system: You are a helpful assistant.
user:
Analyze the provided spectrum to determine if it is a **Carbon Star (C-type)**.

- **Key Visual Indicators of Carbon Star:**
    - **(Primary):** Strong molecular absorption from **C₂ (diatomic carbon) "Swan Bands."** This is the **defining feature** of a carbon star.
        - **(Key Bandheads):** Sharp absorption edges are visible at approximately $5635$ Å, $5165$ Å (the strongest band), and $4737$ Å.
        - **(Line Profile):** Creates a distinct **"saw-tooth"** pattern. The key morphology is a sharp, steep bandhead on the **red (long-wavelength) side**, which then gradually tapers off (i.e., flux recovers) towards the **blue (short-wavelength) side**. *(This is the direct opposite of the TiO bands seen in M-type stars)*.

    - **(Secondary):** Intense **CN (cyanogen)** molecular absorption bands.
        - **(Key Bandheads):** Located in the blue and violet regions of the spectrum (e.g., near $4215$ Å and $3883$ Å).
        - **(Morphology):** These bands are extremely broad and act as a "blanket," absorbing the vast majority of blue and violet light. This creates a characteristic **"cliff"** or **"steep drop-off"** in the spectrum's flux at short wavelengths.

    - **(Key Confirmation):** Strong **CH absorption band (G-band)**.
        - **(Key Bandhead):** Located around $4300$ Å. The contribution from CH molecules to this band is exceptionally strong.

    - **(Overall Spectrum):**
        - The continuum is severely "chopped up" by these deep molecular bands, especially C₂, rather than appearing as a smooth curve.
        - Due to the heavy CN and C₂ absorption in the blue-green, the vast majority of the star's flux is concentrated in the red part of the spectrum, giving the star its characteristic deep red color.

Think first, call **spectral_visualization_tool** if needed to examine features in detail, then provide your final answer. Your response must adhere to the following strict rules:
1.  **Overall Structure:** Your response must follow the format `<think>...</think> <tool_call>...</tool_call> (if a tool is used) <answer>...</answer>`.
2.  **Tool Usage Constraint:** You may only make **one** tool call per turn.
3.  **Final Answer Format:** In the `<answer>` tag, your conclusion must be inside a `\boxed{}` command (e.g., `\boxed{YES}`), followed by your justification.

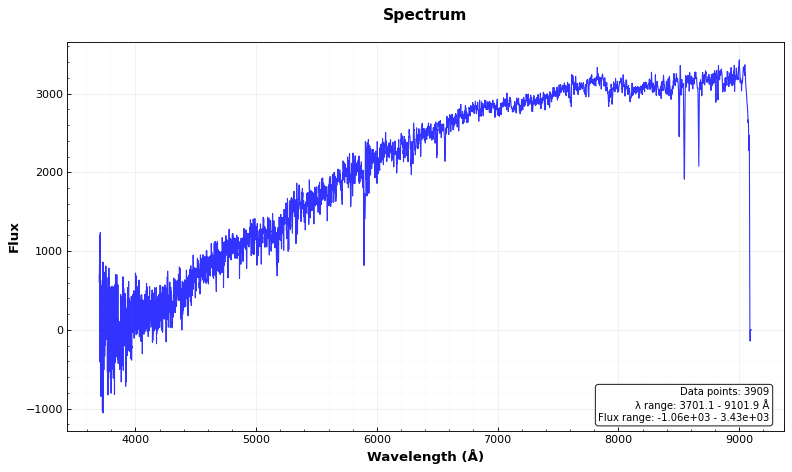
Answer: NO